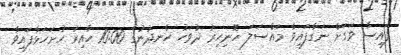
ފައިސާ ވަގަށް ނަގާފައިވާ މައްސަލަ ހޮނިހިރު ދުވަހު ހެނދުނުގެ 10:00 ހާއިރު ހުށަހަޅާފައިވާ